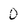
Character: 0